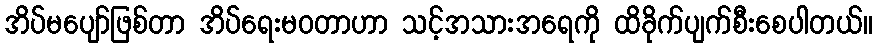
အိပ်မပျော်ဖြစ်တာ အိပ်ရေးမဝတာဟာ သင့်အသားအရေကို ထိခိုက်ပျက်စီးစေပါတယ်။